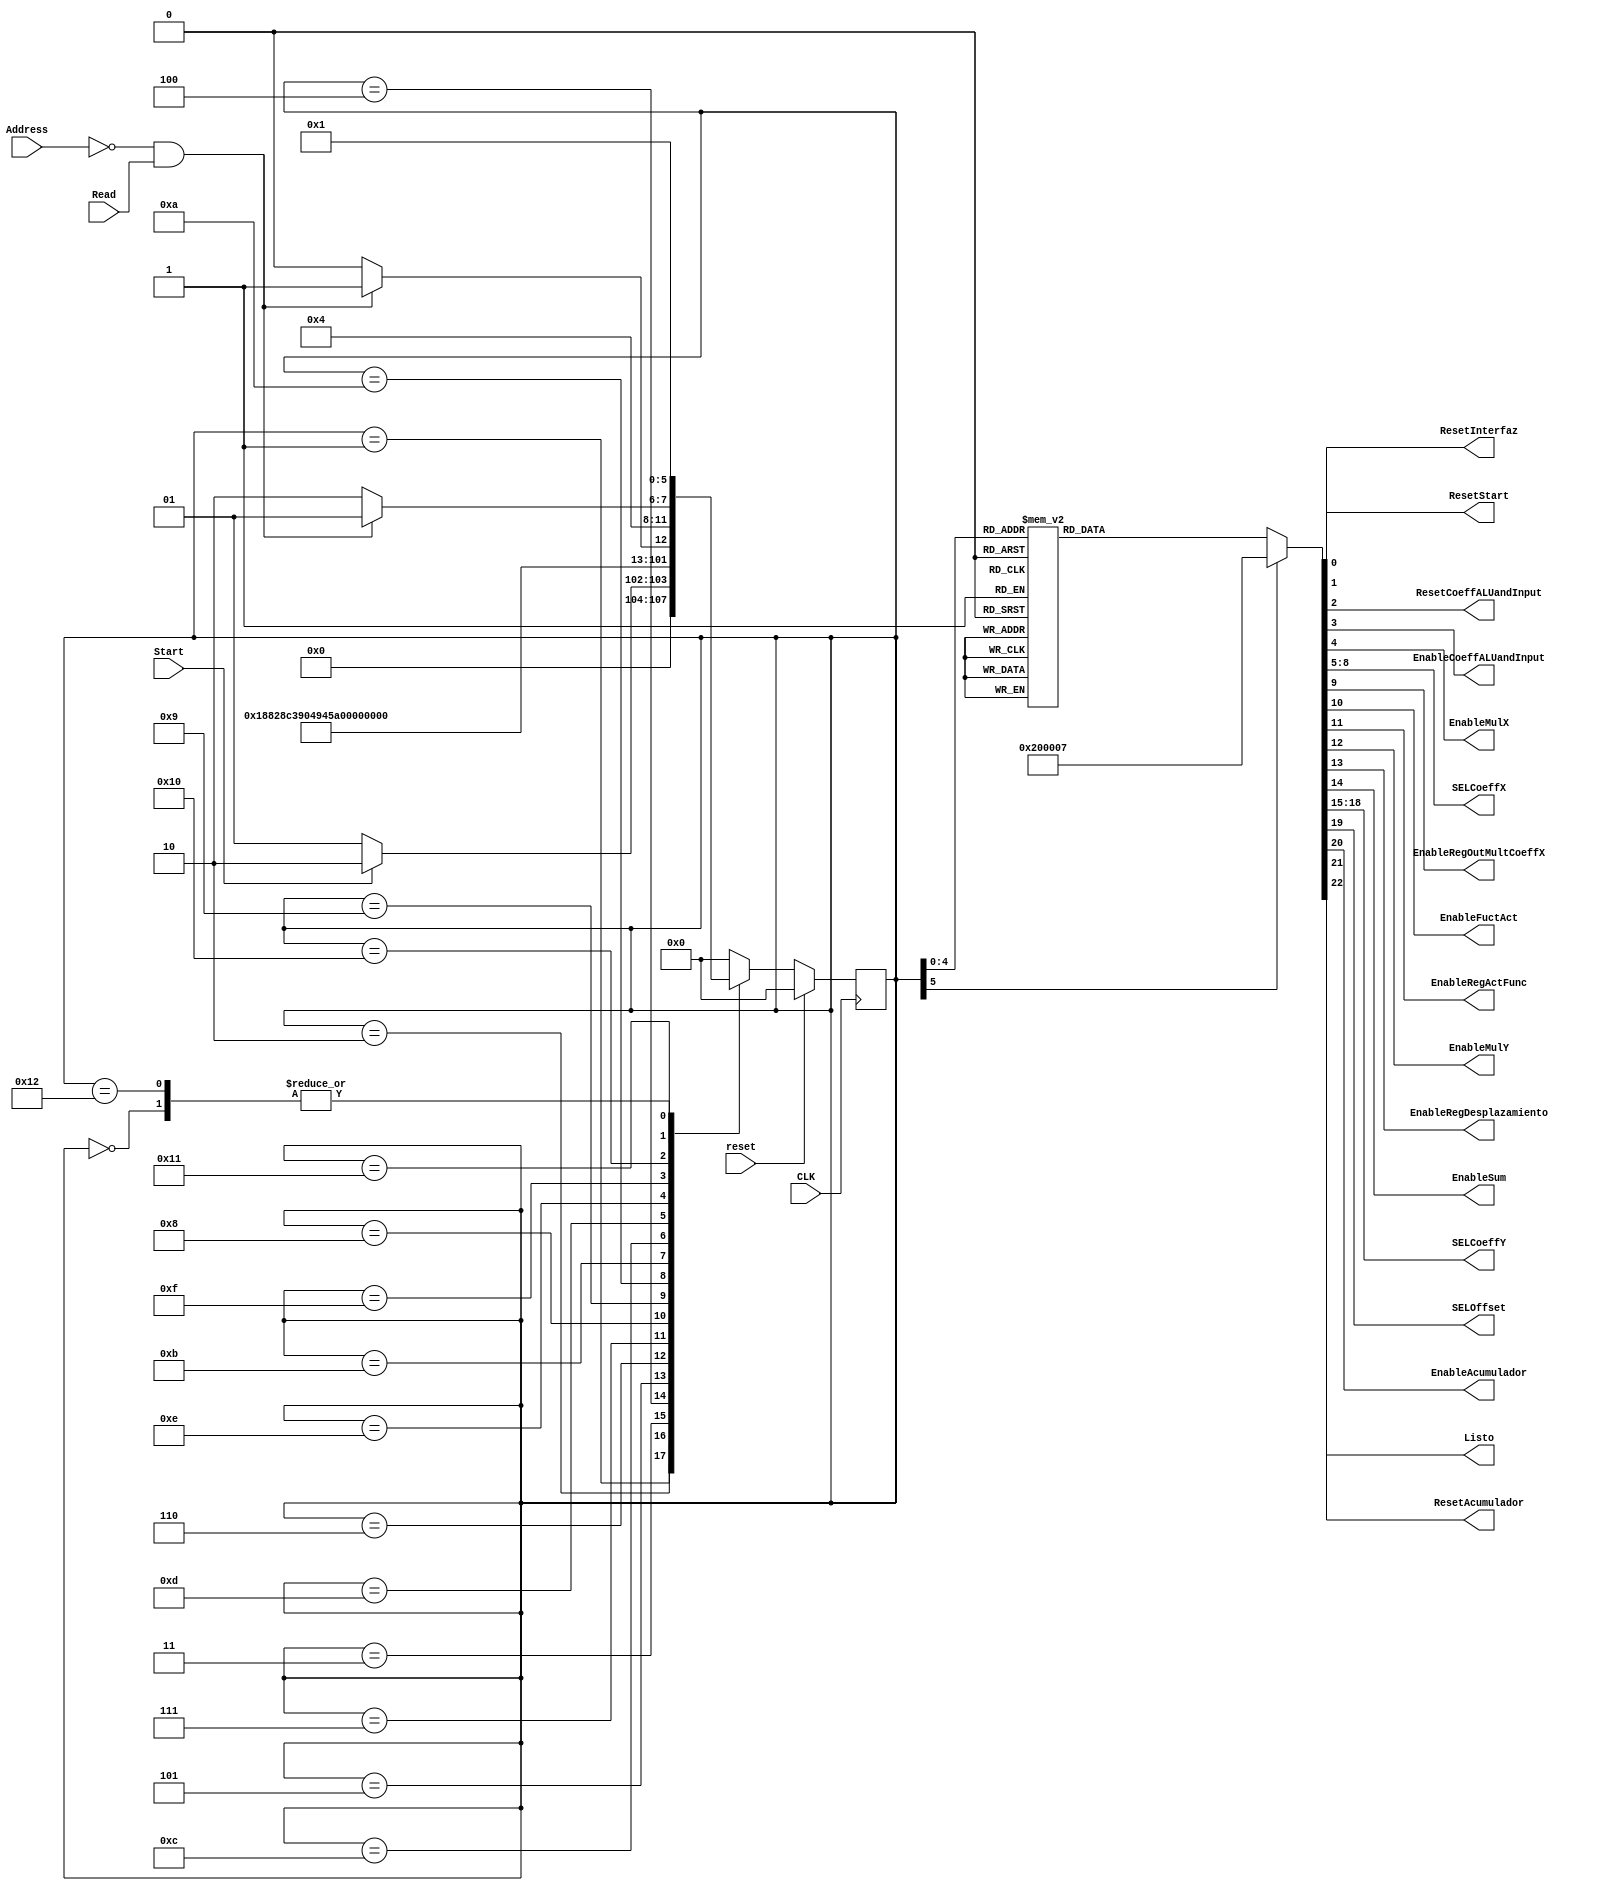
`timescale 1ns / 1ps
//////////////////////////////////////////////////////////////////////////////////
// Company: 
// Engineer: 
// 
// Design Name: 
// Module Name:    FSMNeuronalNetwork 
// Project Name: 
// Target Devices: 
// Tool versions: 
// Description: 
//
// Dependencies: 
//
// Revision: 
// Revision 0.01 - File Created
// Additional Comments: 
//
//////////////////////////////////////////////////////////////////////////////////
module FSMNeuralNetwork(CLK, reset,Start,Read,Address,ResetInterfaz,ResetStart,ResetCoeffALUandInput,       
	  EnableCoeffALUandInput,EnableMulX,SELCoeffX,EnableRegOutMultCoeffX,EnableFuctAct,EnableRegActFunc,
	  EnableMulY,EnableRegDesplazamiento,EnableSum,SELCoeffY,SELOffset,EnableAcumulador,ResetAcumulador,
	  Listo);
	 
	 input CLK;  
	 input reset;   
	 input Start;
	 input Read;
	 input [8:0] Address;
	 
	 output reg ResetInterfaz =0;  
	 output reg ResetStart=0;  
	 output reg ResetCoeffALUandInput=0;       
	 output reg EnableCoeffALUandInput=0; 
	 output reg EnableMulX=0;
    output reg [3:0] SELCoeffX=0;	 
	 output reg EnableRegOutMultCoeffX=0;
	 output reg EnableFuctAct=0;
	 output reg EnableRegActFunc=0;
	 output reg EnableMulY=0;
	 output reg EnableRegDesplazamiento=0;
	 output reg EnableSum=0;
	 output reg [3:0] SELCoeffY=0;
	 output reg SELOffset=0;  
	 output reg EnableAcumulador=0; 
	 output reg ResetAcumulador=0;
	 output reg Listo=0;
	 
	 
	 
	 //** Registros de la Maquina de Estados***********************************************************************************
	 reg[5:0] State = 0; 
	 reg [5:0] NextState = 0;
	 
	 parameter S1=5'd1, S2=5'd2, S3=5'd3, S4=5'd4, S5=5'd5, S6=5'd6, S7=5'd7, S8=5'd8, S9=5'd9, S10=5'd10,
	 S11=5'd11, S12=5'd12, S13=5'd13, S14=5'd14, S15=5'd15, S16=5'd16, S17=5'd17, S18=5'd18, S19=5'd19, S20=5'd20,
	 S21=5'd21, S22=5'd22, S23=5'd23, S24=5'd24, S25=5'd25, S26=5'd26, S27=5'd27, S28=5'd28, S29=5'd29, S30=5'd30,
	 S31=5'd31, RESETEADOR=5'd00;
	 //******************************** FIN DE DECLARACIN DE REGISTROS Y PAMAMETROS MAQUIINA DE ESTADOS***********************************
	 
	  // *********************Registro de estado *********************************************************
	 always @(posedge CLK) begin //or posedge reset) begin
		begin
			if(reset)	
				State<=RESETEADOR;
			else		
				State<=NextState;
		end 
	 end
	 
	 // Lgica combinacional de estado siguiente ************************************
	always @*
		begin
			case(State)
				RESETEADOR: begin  //***********ESTADO DE RESET DEL SISTEMA
					if (reset) NextState <= RESETEADOR;
					else NextState <= S1;
				end
				S1: begin  //***********ESTADO DE ESPERA  INICIO
					if (Start) NextState <= S2;
					else NextState <= S1;
				end
				S2: begin   // ****************ESTADO DE HABILITA EnableCoeffALUandInput
					NextState <= S3;
				end   
				S3: begin   // **********EnableMultX = 01 and EnableRegOutMultCoeffX = 01 SELCoeffX= 00
					NextState <= S4;
				end
				S4: begin   // **********EnableMultX = 01 and EnableRegOutMultCoeffX = 01 SELCoeffX= 01, EnableFuctAct=1, EnableRegFuctAct=1,    
					NextState <= S5;
				end
				S5: begin  // **********EnableMultX = 1 and EnableRegOutMultCoeffX = 1 SELCoeffX= 02, EnableFuctAct=1, EnableRegFuctAct=1, SELCoeffY =00, EnableMultY=1,EnableSum=1,EnableRegDesplazamientro=1,SELOffset =0, Enable Acum=1
					NextState <= S6;
				end
				S6: begin  // **********EnableMultX = 1 and EnableRegOutMultCoeffX = 1 SELCoeffX= 03, EnableFuctAct=1, EnableRegFuctAct=1, SELCoeffY =01, EnableMultY=1,EnableSum=1,EnableRegDesplazamientro=1,SELOffset =0, Enable Acum=1
					NextState <= S7;
				end
				S7: begin   // **********EnableMultX = 1 and EnableRegOutMultCoeffX = 1 SELCoeffX= 04, EnableFuctAct=1, EnableRegFuctAct=1, SELCoeffY =02, EnableMultY=1,EnableSum=1,EnableRegDesplazamientro=1,SELOffset =0, Enable Acum=1
					NextState <= S8;
				end   
				S8: begin  // **********EnableMultX = 1 and EnableRegOutMultCoeffX = 1 SELCoeffX= 05, EnableFuctAct=1, EnableRegFuctAct=1, SELCoeffY =03, EnableMultY=1,EnableSum=1,EnableRegDesplazamientro=1,SELOffset =0, Enable Acum=1      
					NextState <= S9;
				end
				S9: begin   // **********EnableMultX = 1 and EnableRegOutMultCoeffX = 1 SELCoeffX= 06, EnableFuctAct=1, EnableRegFuctAct=1, SELCoeffY =04, EnableMultY=1,EnableSum=1,EnableRegDesplazamientro=1,SELOffset =0, Enable Acum=1        
					NextState <= S10;
				end
				S10: begin  // **********EnableMultX = 1 and EnableRegOutMultCoeffX = 1 SELCoeffX= 07, EnableFuctAct=1, EnableRegFuctAct=1, SELCoeffY =05, EnableMultY=1,EnableSum=1,EnableRegDesplazamientro=1,SELOffset =0, Enable Acum=1 
					NextState <= S11;
				end
				S11: begin  // **********EnableMultX = 1 and EnableRegOutMultCoeffX = 1 SELCoeffX= 08, EnableFuctAct=1, EnableRegFuctAct=1, SELCoeffY =06, EnableMultY=1,EnableSum=1,EnableRegDesplazamientro=1,SELOffset =0, Enable Acum=1 
					NextState <= S12;
				end
				S12: begin   // **********EnableMultX = 1 and EnableRegOutMultCoeffX = 1 SELCoeffX= 09, EnableFuctAct=1, EnableRegFuctAct=1, SELCoeffY =07, EnableMultY=1,EnableSum=1,EnableRegDesplazamientro=1,SELOffset =0, Enable Acum=1
					NextState <= S13;
				end   
				S13: begin   // **********EnableMultX = 0 and EnableRegOutMultCoeffX = 0 SELCoeffX= 00, EnableFuctAct=1, EnableRegFuctAct=1, SELCoeffY =08, EnableMultY=1,EnableSum=1,EnableRegDesplazamientro=1,SELOffset =0, Enable Acum=1
					NextState <= S14;
				end
				S14: begin   // **********EnableMultX = 0 and EnableRegOutMultCoeffX = 0 SELCoeffX= 00, EnableFuctAct=0, EnableRegFuctAct=0, SELCoeffY =09, EnableMultY=1,EnableSum=1,EnableRegDesplazamientro=1,SELOffset =0, Enable Acum=1
					NextState <= S15;
				end
				S15: begin  // **********EnableMultX = 0 and EnableRegOutMultCoeffX = 0 SELCoeffX= 00, EnableFuctAct=0, EnableRegFuctAct=0, SELCoeffY =00, EnableMultY=0,EnableSum=1,EnableRegDesplazamientro=0,SELOffset =1, Enable Acum=1
					NextState <= S16;
				end
				S16: begin  // **********EnableMultX = 0 and EnableRegOutMultCoeffX = 0 SELCoeffX= 00, EnableFuctAct=0, EnableRegFuctAct=0, SELCoeffY =00, EnableMultY=0,EnableSum=0,EnableRegDesplazamientro=0,SELOffset =0, Enable Acum=0, Listo = 1
					if(Address==9'h000 && Read == 1'b1) NextState <= S17; // Direccion de memoria donde se hace la ultima lectura
					else NextState <= S16;
				end
				S17: begin   // **********EnableMultX = 0 and EnableRegOutMultCoeffX = 0 SELCoeffX= 00, EnableFuctAct=0, EnableRegFuctAct=0, SELCoeffY =00, EnableMultY=0,EnableSum=0,EnableRegDesplazamientro=0,SELOffset =0, Enable Acum=0, Listo = 1
					if(Address==9'h000 && Read == 1'b1) NextState <= S17; // Direccion de memoria donde se hace la ultima lectura
					else NextState <= S18;
				end  
				S18: begin   // Estado de resetea todos los registros excepto el resetInterfaz
					NextState <= S1;
				end 
				default: begin  // Salidas por defecto iguales a la  del reset
					NextState <= RESETEADOR;
				end
			endcase		
		end
		
		//********************************************LOGICA DE SALIDA COMBINACIONAL*********************************************
		
		always @*
		begin
			case(State)
				RESETEADOR: begin  //***********ESTADO DE RESET DEL SISTEMA
					ResetInterfaz <=1;  
					ResetStart<=1;  
					ResetCoeffALUandInput<=1;       
					EnableCoeffALUandInput<=0; 
					EnableMulX<=0;
					SELCoeffX<=0;	 
					EnableRegOutMultCoeffX<=0;
					EnableFuctAct<=0;
					EnableRegActFunc<=0;
					EnableMulY<=0;
					EnableRegDesplazamiento<=0;
					EnableSum<=0;
					SELCoeffY<=0;
					SELOffset<=0;  
					EnableAcumulador<=0; 
					ResetAcumulador<=1;
					Listo<=0;
				end
				S1: begin  //***********ESTADO DE ESPERA  INICIO
					ResetInterfaz <=0;  
					ResetStart<=0;  
					ResetCoeffALUandInput<=0;       
					EnableCoeffALUandInput<=0; 
					EnableMulX<=0;
					SELCoeffX<=0;	 
					EnableRegOutMultCoeffX<=0;
					EnableFuctAct<=0;
					EnableRegActFunc<=0;
					EnableMulY<=0;
					EnableRegDesplazamiento<=0;
					EnableSum<=0;
					SELCoeffY<=0;
					SELOffset<=0;  
					EnableAcumulador<=0; 
					ResetAcumulador<=0;
					Listo<=0;
				end
				S2: begin   // ****************ESTADO DE HABILITA EnableCoeffALUandInput
					ResetInterfaz <=0;  
					ResetStart<=0;  
					ResetCoeffALUandInput<=0;       
					EnableCoeffALUandInput<=1; 
					EnableMulX<=0;
					SELCoeffX<=0;	 
					EnableRegOutMultCoeffX<=0;
					EnableFuctAct<=0;
					EnableRegActFunc<=0;
					EnableMulY<=0;
					EnableRegDesplazamiento<=0;
					EnableSum<=0;
					SELCoeffY<=0;
					SELOffset<=0;  
					EnableAcumulador<=0; 
					ResetAcumulador<=0;
					Listo<=0;
				end   
				S3: begin   // **********EnableMultX = 01 and EnableRegOutMultCoeffX = 01 SELCoeffX= 00
					ResetInterfaz <=0;  
					ResetStart<=0;  
					ResetCoeffALUandInput<=0;       
					EnableCoeffALUandInput<=0; 
					EnableMulX<=1;
					SELCoeffX<=0;	 
					EnableRegOutMultCoeffX<=1;
					EnableFuctAct<=0;
					EnableRegActFunc<=0;
					EnableMulY<=0;
					EnableRegDesplazamiento<=0;
					EnableSum<=0;
					SELCoeffY<=0;
					SELOffset<=0;  
					EnableAcumulador<=0; 
					ResetAcumulador<=0;
					Listo<=0;
				end
				S4: begin   // **********EnableMultX = 01 and EnableRegOutMultCoeffX = 01 SELCoeffX= 01, EnableFuctAct=1, EnableRegFuctAct=1,    
					ResetInterfaz <=0;  
					ResetStart<=0;  
					ResetCoeffALUandInput<=0;       
					EnableCoeffALUandInput<=0; 
					EnableMulX<=1;
					SELCoeffX<=1;	 
					EnableRegOutMultCoeffX<=1;
					EnableFuctAct<=1;
					EnableRegActFunc<=1;
					EnableMulY<=0;
					EnableRegDesplazamiento<=0;
					EnableSum<=0;
					SELCoeffY<=0;
					SELOffset<=0;  
					EnableAcumulador<=0; 
					ResetAcumulador<=0;
					Listo<=0;
				end
				S5: begin  // **********EnableMultX = 1 and EnableRegOutMultCoeffX = 1 SELCoeffX= 02, EnableFuctAct=1, EnableRegFuctAct=1, SELCoeffY =00, EnableMultY=1,EnableSum=1,EnableRegDesplazamientro=1,SELOffset =0, Enable Acum=1
					ResetInterfaz <=0;  
					ResetStart<=0;  
					ResetCoeffALUandInput<=0;       
					EnableCoeffALUandInput<=0; 
					EnableMulX<=1;
					SELCoeffX<=2;	 
					EnableRegOutMultCoeffX<=1;
					EnableFuctAct<=1;
					EnableRegActFunc<=1;
					EnableMulY<=1;
					EnableRegDesplazamiento<=1;
					EnableSum<=1;
					SELCoeffY<=0;
					SELOffset<=0;  
					EnableAcumulador<=1; 
					ResetAcumulador<=0;
					Listo<=0;
				end
				S6: begin  // **********EnableMultX = 1 and EnableRegOutMultCoeffX = 1 SELCoeffX= 03, EnableFuctAct=1, EnableRegFuctAct=1, SELCoeffY =01, EnableMultY=1,EnableSum=1,EnableRegDesplazamientro=1,SELOffset =0, Enable Acum=1
					ResetInterfaz <=0;  
					ResetStart<=0;  
					ResetCoeffALUandInput<=0;       
					EnableCoeffALUandInput<=0; 
					EnableMulX<=1;
					SELCoeffX<=3;	 
					EnableRegOutMultCoeffX<=1;
					EnableFuctAct<=1;
					EnableRegActFunc<=1;
					EnableMulY<=1;
					EnableRegDesplazamiento<=1;
					EnableSum<=1;
					SELCoeffY<=1;
					SELOffset<=0;  
					EnableAcumulador<=1; 
					ResetAcumulador<=0;
					Listo<=0;
				end
				S7: begin   // **********EnableMultX = 1 and EnableRegOutMultCoeffX = 1 SELCoeffX= 04, EnableFuctAct=1, EnableRegFuctAct=1, SELCoeffY =02, EnableMultY=1,EnableSum=1,EnableRegDesplazamientro=1,SELOffset =0, Enable Acum=1
					ResetInterfaz <=0;  
					ResetStart<=0;  
					ResetCoeffALUandInput<=0;       
					EnableCoeffALUandInput<=0; 
					EnableMulX<=1;
					SELCoeffX<=4;	 
					EnableRegOutMultCoeffX<=1;
					EnableFuctAct<=1;
					EnableRegActFunc<=1;
					EnableMulY<=1;
					EnableRegDesplazamiento<=1;
					EnableSum<=1;
					SELCoeffY<=2;
					SELOffset<=0;  
					EnableAcumulador<=1; 
					ResetAcumulador<=0;
					Listo<=0;
				end   
				S8: begin  // **********EnableMultX = 1 and EnableRegOutMultCoeffX = 1 SELCoeffX= 05, EnableFuctAct=1, EnableRegFuctAct=1, SELCoeffY =03, EnableMultY=1,EnableSum=1,EnableRegDesplazamientro=1,SELOffset =0, Enable Acum=1      
					ResetInterfaz <=0;  
					ResetStart<=0;  
					ResetCoeffALUandInput<=0;       
					EnableCoeffALUandInput<=0; 
					EnableMulX<=1;
					SELCoeffX<=5;	 
					EnableRegOutMultCoeffX<=1;
					EnableFuctAct<=1;
					EnableRegActFunc<=1;
					EnableMulY<=1;
					EnableRegDesplazamiento<=1;
					EnableSum<=1;
					SELCoeffY<=3;
					SELOffset<=0;  
					EnableAcumulador<=1; 
					ResetAcumulador<=0;
					Listo<=0;
				end
				S9: begin   // **********EnableMultX = 1 and EnableRegOutMultCoeffX = 1 SELCoeffX= 06, EnableFuctAct=1, EnableRegFuctAct=1, SELCoeffY =04, EnableMultY=1,EnableSum=1,EnableRegDesplazamientro=1,SELOffset =0, Enable Acum=1        
					ResetInterfaz <=0;  
					ResetStart<=0;  
					ResetCoeffALUandInput<=0;       
					EnableCoeffALUandInput<=0; 
					EnableMulX<=1;
					SELCoeffX<=6;	 
					EnableRegOutMultCoeffX<=1;
					EnableFuctAct<=1;
					EnableRegActFunc<=1;
					EnableMulY<=1;
					EnableRegDesplazamiento<=1;
					EnableSum<=1;
					SELCoeffY<=4;
					SELOffset<=0;  
					EnableAcumulador<=1; 
					ResetAcumulador<=0;
					Listo<=0;
				end
				S10: begin  // **********EnableMultX = 1 and EnableRegOutMultCoeffX = 1 SELCoeffX= 07, EnableFuctAct=1, EnableRegFuctAct=1, SELCoeffY =05, EnableMultY=1,EnableSum=1,EnableRegDesplazamientro=1,SELOffset =0, Enable Acum=1 
					ResetInterfaz <=0;  
					ResetStart<=0;  
					ResetCoeffALUandInput<=0;       
					EnableCoeffALUandInput<=0; 
					EnableMulX<=1;
					SELCoeffX<=7;	 
					EnableRegOutMultCoeffX<=1;
					EnableFuctAct<=1;
					EnableRegActFunc<=1;
					EnableMulY<=1;
					EnableRegDesplazamiento<=1;
					EnableSum<=1;
					SELCoeffY<=5;
					SELOffset<=0;  
					EnableAcumulador<=1; 
					ResetAcumulador<=0;
					Listo<=0;
				end
				S11: begin  // **********EnableMultX = 1 and EnableRegOutMultCoeffX = 1 SELCoeffX= 08, EnableFuctAct=1, EnableRegFuctAct=1, SELCoeffY =06, EnableMultY=1,EnableSum=1,EnableRegDesplazamientro=1,SELOffset =0, Enable Acum=1 
					ResetInterfaz <=0;  
					ResetStart<=0;  
					ResetCoeffALUandInput<=0;       
					EnableCoeffALUandInput<=0; 
					EnableMulX<=1;
					SELCoeffX<=8;	 
					EnableRegOutMultCoeffX<=1;
					EnableFuctAct<=1;
					EnableRegActFunc<=1;
					EnableMulY<=1;
					EnableRegDesplazamiento<=1;
					EnableSum<=1;
					SELCoeffY<=6;
					SELOffset<=0;  
					EnableAcumulador<=1; 
					ResetAcumulador<=0;
					Listo<=0;
				end
				S12: begin   // **********EnableMultX = 1 and EnableRegOutMultCoeffX = 1 SELCoeffX= 09, EnableFuctAct=1, EnableRegFuctAct=1, SELCoeffY =07, EnableMultY=1,EnableSum=1,EnableRegDesplazamientro=1,SELOffset =0, Enable Acum=1
					ResetInterfaz <=0;  
					ResetStart<=0;  
					ResetCoeffALUandInput<=0;       
					EnableCoeffALUandInput<=0; 
					EnableMulX<=1;
					SELCoeffX<=9;	 
					EnableRegOutMultCoeffX<=1;
					EnableFuctAct<=1;
					EnableRegActFunc<=1;
					EnableMulY<=1;
					EnableRegDesplazamiento<=1;
					EnableSum<=1;
					SELCoeffY<=7;
					SELOffset<=0;  
					EnableAcumulador<=1; 
					ResetAcumulador<=0;
					Listo<=0;
				end   
				S13: begin   // **********EnableMultX = 0 and EnableRegOutMultCoeffX = 0 SELCoeffX= 00, EnableFuctAct=1, EnableRegFuctAct=1, SELCoeffY =08, EnableMultY=1,EnableSum=1,EnableRegDesplazamientro=1,SELOffset =0, Enable Acum=1
					ResetInterfaz <=0;  
					ResetStart<=0;  
					ResetCoeffALUandInput<=0;       
					EnableCoeffALUandInput<=0; 
					EnableMulX<=0;
					SELCoeffX<=0;	 
					EnableRegOutMultCoeffX<=0;
					EnableFuctAct<=1;
					EnableRegActFunc<=1;
					EnableMulY<=1;
					EnableRegDesplazamiento<=1;
					EnableSum<=1;
					SELCoeffY<=8;
					SELOffset<=0;  
					EnableAcumulador<=1; 
					ResetAcumulador<=0;
					Listo<=0;
				end
				S14: begin   // **********EnableMultX = 0 and EnableRegOutMultCoeffX = 0 SELCoeffX= 00, EnableFuctAct=0, EnableRegFuctAct=0, SELCoeffY =09, EnableMultY=1,EnableSum=1,EnableRegDesplazamientro=1,SELOffset =0, Enable Acum=1
					ResetInterfaz <=0;  
					ResetStart<=0;  
					ResetCoeffALUandInput<=0;       
					EnableCoeffALUandInput<=0; 
					EnableMulX<=0;
					SELCoeffX<=0;	 
					EnableRegOutMultCoeffX<=0;
					EnableFuctAct<=0;
					EnableRegActFunc<=0;
					EnableMulY<=1;
					EnableRegDesplazamiento<=1;
					EnableSum<=1;
					SELCoeffY<=9;
					SELOffset<=0;  
					EnableAcumulador<=1; 
					ResetAcumulador<=0;
					Listo<=0;
				end
				S15: begin  // **********EnableMultX = 0 and EnableRegOutMultCoeffX = 0 SELCoeffX= 00, EnableFuctAct=0, EnableRegFuctAct=0, SELCoeffY =00, EnableMultY=0,EnableSum=1,EnableRegDesplazamientro=0,SELOffset =1, Enable Acum=1
					ResetInterfaz <=0;  
					ResetStart<=0;  
					ResetCoeffALUandInput<=0;       
					EnableCoeffALUandInput<=0; 
					EnableMulX<=0;
					SELCoeffX<=0;	 
					EnableRegOutMultCoeffX<=0;
					EnableFuctAct<=0;
					EnableRegActFunc<=0;
					EnableMulY<=0;
					EnableRegDesplazamiento<=0;
					EnableSum<=1;
					SELCoeffY<=0;
					SELOffset<=1;  
					EnableAcumulador<=1; 
					ResetAcumulador<=0;
					Listo<=0;
				end
				S16: begin  // **********EnableMultX = 0 and EnableRegOutMultCoeffX = 0 SELCoeffX= 00, EnableFuctAct=0, EnableRegFuctAct=0, SELCoeffY =00, EnableMultY=0,EnableSum=0,EnableRegDesplazamientro=0,SELOffset =0, Enable Acum=0, Listo = 1
					ResetInterfaz <=0;  
					ResetStart<=0;  
					ResetCoeffALUandInput<=0;       
					EnableCoeffALUandInput<=0; 
					EnableMulX<=0;
					SELCoeffX<=0;	 
					EnableRegOutMultCoeffX<=0;
					EnableFuctAct<=0;
					EnableRegActFunc<=0;
					EnableMulY<=0;
					EnableRegDesplazamiento<=0;
					EnableSum<=0;
					SELCoeffY<=0;
					SELOffset<=0;  
					EnableAcumulador<=0; 
					ResetAcumulador<=0;
					Listo<=1;
				end
				S17: begin   // **********EnableMultX = 0 and EnableRegOutMultCoeffX = 0 SELCoeffX= 00, EnableFuctAct=0, EnableRegFuctAct=0, SELCoeffY =00, EnableMultY=0,EnableSum=0,EnableRegDesplazamientro=0,SELOffset =0, Enable Acum=0, Listo = 1
					ResetInterfaz <=0;  
					ResetStart<=0;  
					ResetCoeffALUandInput<=0;       
					EnableCoeffALUandInput<=0; 
					EnableMulX<=0;
					SELCoeffX<=0;	 
					EnableRegOutMultCoeffX<=0;
					EnableFuctAct<=0;
					EnableRegActFunc<=0;
					EnableMulY<=0;
					EnableRegDesplazamiento<=0;
					EnableSum<=0;
					SELCoeffY<=0;
					SELOffset<=0;  
					EnableAcumulador<=0; 
					ResetAcumulador<=0;
					Listo<=1;
				end  
				S18: begin   // Estado de resetea todos los registros excepto el resetInterfaz
					ResetInterfaz <=0;  
					ResetStart<=1;  
					ResetCoeffALUandInput<=1;       
					EnableCoeffALUandInput<=0; 
					EnableMulX<=0;
					SELCoeffX<=0;	 
					EnableRegOutMultCoeffX<=0;
					EnableFuctAct<=0;
					EnableRegActFunc<=0;
					EnableMulY<=0;
					EnableRegDesplazamiento<=0;
					EnableSum<=0;
					SELCoeffY<=0;
					SELOffset<=0;  
					EnableAcumulador<=0; 
					ResetAcumulador<=1;
					Listo<=0;
				end 
				default: begin  // Salidas por defecto iguales a la  del reset
					ResetInterfaz <=1;  
					ResetStart<=1;  
					ResetCoeffALUandInput<=1;       
					EnableCoeffALUandInput<=0; 
					EnableMulX<=0;
					SELCoeffX<=0;	 
					EnableRegOutMultCoeffX<=0;
					EnableFuctAct<=0;
					EnableRegActFunc<=0;
					EnableMulY<=0;
					EnableRegDesplazamiento<=0;
					EnableSum<=0;
					SELCoeffY<=0;
					SELOffset<=0;  
					EnableAcumulador<=0; 
					ResetAcumulador<=1;
					Listo<=0;
				end
			endcase			
		end
		
		
		
		
		

endmodule